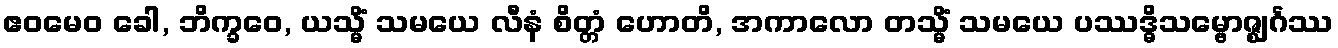
ဧဝမေဝ ခေါ, ဘိက္ခဝေ, ယသ္မိံ သမယေ လီနံ စိတ္တံ ဟောတိ, အကာလော တသ္မိံ သမယေ ပဿဒ္ဓိသမ္ဗောဇ္ဈင်္ဂဿ